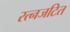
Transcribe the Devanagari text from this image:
रत्नजटित